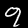
Label: 9